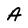
Character: A